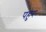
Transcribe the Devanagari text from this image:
पहुर